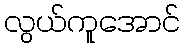
လွယ်ကူအောင်